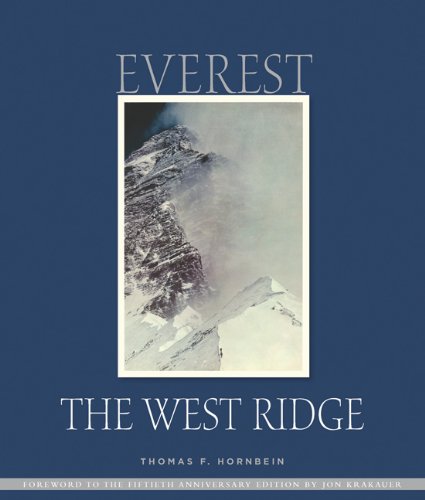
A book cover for Everest the West Ridge: 50th Anniversary Edition; Thomas Hornbein; Travel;